Report on vaccination in the Province of Bengal - 1874-1889
Year: 1874
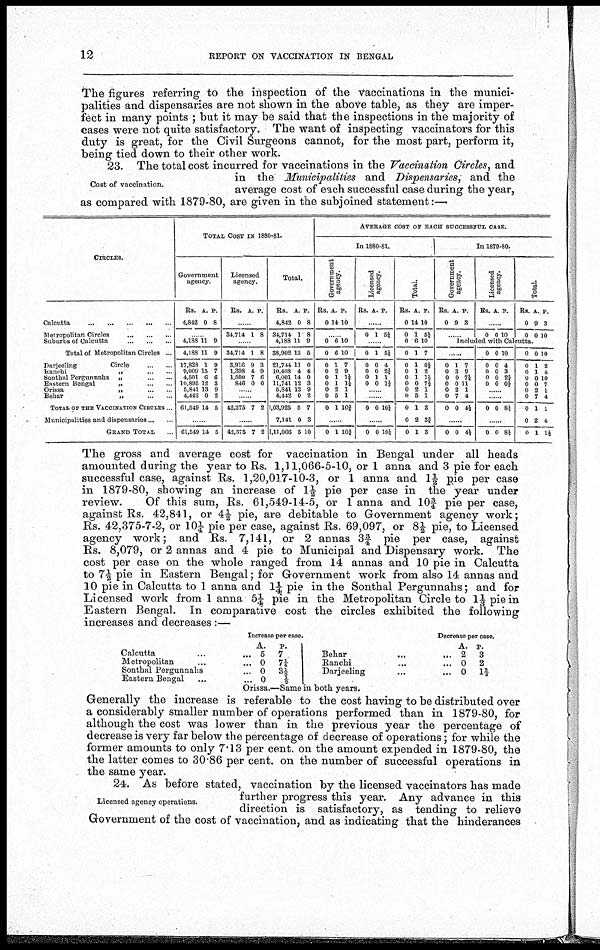
12
REPORT ON VACCINATION IN BENGAL
The figures referring to the inspection of the vaccinations in the munici-
palities and dispensaries are not shown in the above table, as they are imper-
fect in many points ; but it may be said that the inspections in the majority of
cases were not quite satisfactory. The want of inspecting vaccinators for this
duty is great, for the Civil Surgeons cannot, for the most part, perform it,
being tied down to their other work.
Cost of vaccination.
23. The total cost incurred for vaccinations in the Vaccination Circles, and
in the Municipalities and Dispensaries, and the
average cost of each successful case during the year,
as compared with 1879-80, are given in the subjoined statement:—
CIRCLES.
Calcutta ... ... ... ... ...
Metropolitan Circles
...
...
...
Suburbs of Calcutta
...
...
...
Total of Metropolitan Circles ...
Darjeeling
Circle ... ...
Ranchi
„
...
...
Sonthal Pergunnahs „
...
...
Eastern Bengal
„
...
...
Orissa
„
...
...
Behar
„
...
...
TOTAL OF THE VACCINATION CIRCLES ...
Municipalities and dispensaries ... ...
GRAND TOTAL ...
TOTAL COST I N 1880-81.
Government
agency.
Rs.
4,842
A.
0
P.
8
......
4,188
4,188
17,828
9,009
4,501
10,895
5,841
4,442
61,549
11
11
1
15
6
12
13
0
14
9
9
9
7
6
3
9
2
5
......
61,549 14 5
Licensed
agency.
Rs. A. P.
......
34,714 1 8
......
34,714
3,916
1,398
1,500
846
1
9
4
7
0
8
3
9
6
0
......
......
42,375 7 2
......
42,375 7 2
Total.
Rs.
4,842
34,714
4,188
38,902
21,744
10,403
6,001
11,741
5,841
4,442
1,03,925
7,141
1,11,066
A.
0
1
11
13
11
4
14
12
13
0
5
0
5
P.
8
8
9
5
0
4
0
3
9
2
7
3
10
AVERAGE COST OF EACH SUCCESSFUL CASE.
In 1880-81.
Government
agency.
Rs.
0
A.
14
P.
10
......
0
0
0
0
0
0
0
0
0
6
6
1
2
1
1
2
5
1
10
10
7
9
1¼
1½
1
1
10¾
......
0 1 10¾
Licensed
agency.
Rs. A. P.
......
0 1 6¼
......
0
0
0
0
0
1
0
0
1
0
5¼
4
2¾
1
1 1/3
......
......
0 0 10¼
0 0 10¼
Total.
Rs.
0
0
0
0
0
0
0
0
0
0
0
0
0
A.
14
1
6
1
1
1
1
0
2
5
1
2
1
P.
10
5¼
10
7
0 1/5
2
1 1/5
7½
1
1
3
3¾
3
In 1879-80.
Government
agency.
Rs.
0
A.
9
P.
3
......
Licensed
agency.
Rs. A. P.
......
0 0 10
Total.
Rs.
0
0
A.
9
0
P.
3
10
Included with Calcutta.
......
0
0
0
0
0
0
0
1
3
0
0
2
7
0
7
9
7¼
11
1
4
4½
......
0 0 4½
0
0
0
0
0
0
0
0
0
0
10
4
3
2¾
0 3/5
......
......
0 0 8½
......
0 0 8½
0
0
0
0
0
0
0
0
0
0
0
1
1
0
0
2
7
1
2
1
10
2
4
10
7
1
4
1
4
1½
The gross and average cost for vaccination in Bengal under all heads
amounted during the year to Rs. 1,11,066-5-10, or 1 anna and 3 pie for each
successful case, against Rs. 1,20,017-10-3, or 1 anna and 1½ pie per case
in 1879-80, showing an increase of 1½ pie per case in the year under
review.
Of this sum, Rs. 61,549-14-5, or 1 anna and 10¾ pie per case,
against Rs. 42,841, or 4½ pie, are debitable to Government agency work;
Rs. 42,375-7-2, or 10¼ pie per case, against Rs. 69,097, or 8½ pie, to Licensed
agency work; and Rs. 7,141, or 2 annas 3¾ pie per case, against
Rs. 8,079, or 2 annas and 4 pie to Municipal and Dispensary work. The
cost per case on the whole ranged from 14 annas and 10 pie in Calcutta
to 7½ pie in Eastern Bengal; for Government work from also 14 annas and
10 pie in Calcutta to 1 anna and 1¼ pie in the Sonthal Pergunnahs; and for
Licensed work from 1 anna 5¼ pie in the Metropolitan Circle to 1 1/3 pie in
Eastern Bengal. In comparative cost the circles exhibited the following
increases and decreases:—
Increase per case.
Calcutta ... ...
Metropolitan ... ...
Sonthal Pergunnahs ...
Eastern Bengal ... ...
A.
5
0
0
0
P.
7
7¼
3 1/5
½
Decrease per case.
Behar
...
...
Ranchi ... ...
Darjeeling ... ...
A.
2
0
0
P.
3
2
1 2/3
Orissa.—Same in both years.
Generally the increase is referable to the cost having to be distributed over
a considerably smaller number of operations performed than in 1879-80, for
although the cost was lower than in the previous year the percentage of
decrease is very far below the percentage of decrease of operations; for while the
former amounts to only 7.13 per cent. on the amount expended in 1879-80, the
the latter comes to 30.86 per cent. on the number of successful operations in
the same year.
Licensed agency operations.
24. As before stated, vaccination by the licensed vaccinators has made
further progress this year. Any advance in this
direction is satisfactory, as tending to relieve
Government of the cost of vaccination, and as indicating that the hinderances